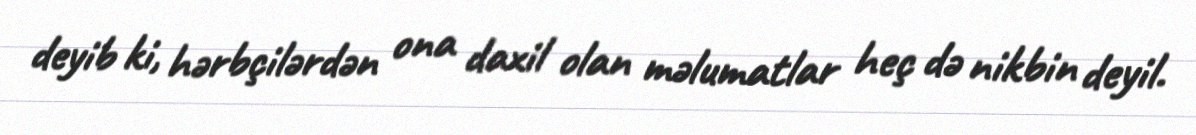
deyib ki, hərbçilərdən ona daxil olan məlumatlar heç də nikbin deyil.